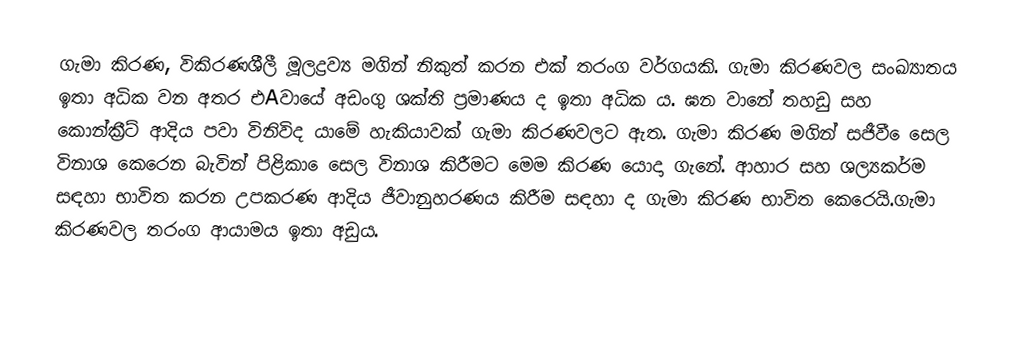
ගැමා කිරණ, විකිරණශීලී මූලද්‍රව්‍ය මගින් නිකුත් කරන එක් තරංග වර්ගයකි. ගැමා කිරණවල සංඛ්‍යාතය ඉතා අධික වන අතර එAවායේ අඩංගු ශක්ති ප්‍රමාණය ද ඉතා අධික ය. ඝන වානේ තහඩු සහ කොන්ක්‍රීට් ආදිය පවා විනිවිද යාමේ හැකියාවක් ගැමා කිරණවලට ඇත. ගැමා කිරණ මගින් සජීවී ෙසෙල විනාශ කෙරෙන බැවින් පිළිකා ෙසෙල විනාශ කිරීමට මෙම කිරණ යොදා ගැනේ. ආහාර සහ ශල්‍යකර්ම සඳහා භාවිත කරන උපකරණ ආදිය ජීවානුහරණය කිරීම සඳහා ද ගැමා කිරණ භාවිත කෙරෙයි.ගැමා කිරණවල තරංග ආයාමය ඉතා අඩුය.